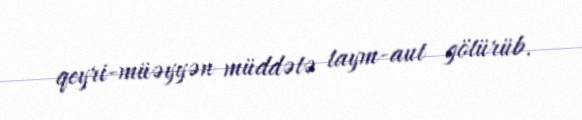
qeyri-müəyyən müddətə taym-aut götürüb.